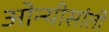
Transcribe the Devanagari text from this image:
ओन्यीसांती